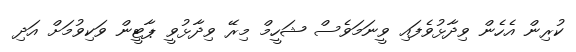
ކުރިން އެހެން ވިދާޅުވެފައި ވީނަމަވެސް ޝަހީމް މިރޭ ވިދާޅުވީ ޕާޓީން ވަކިވުމަށް އަދި